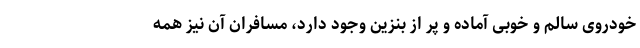
خودروی سالم و خوبی آماده و پر از بنزین وجود دارد، مسافران آن نیز همه